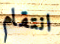
انتقام